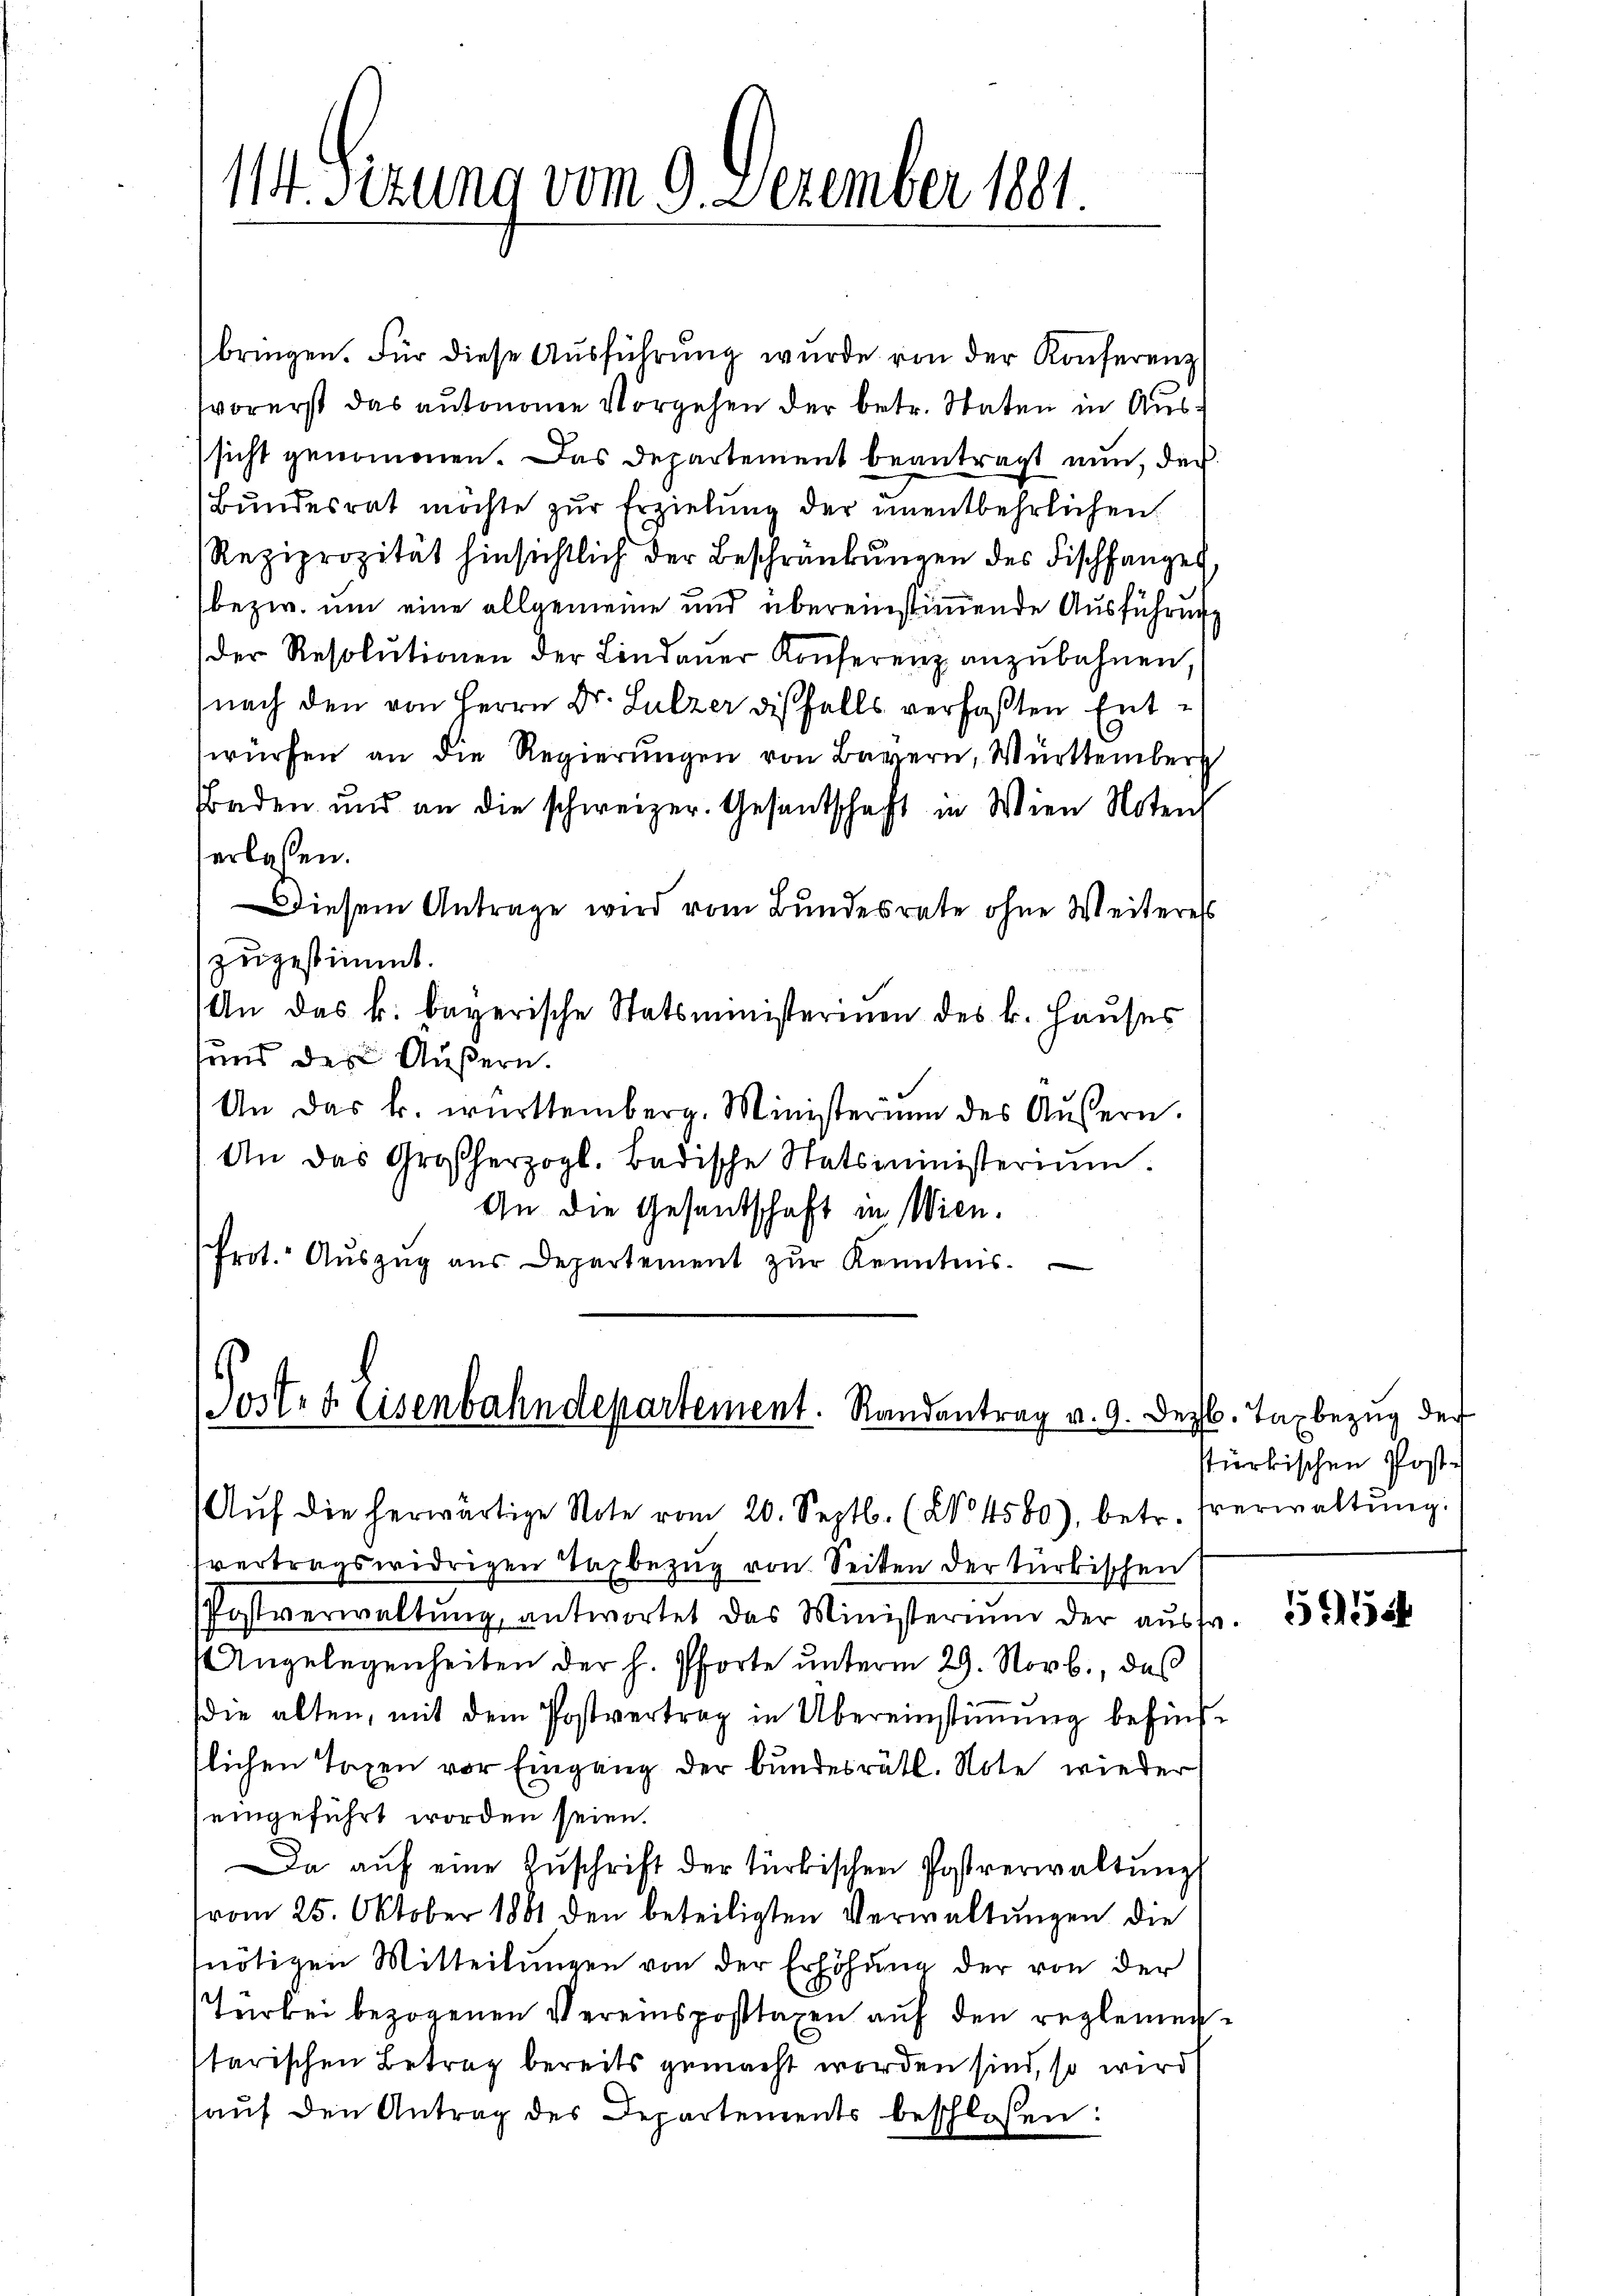
114. Sitzung vom 9. Dezember 1801.

bringen. Für diese Aŭsführŭng wurde von der Konferenz
vorerst das autonome Vorgehen der betr. Staten in Aussicht genommen. Das Departement beantragt nun, der
Bundesrat möchte zur Erzielung der unentbehrlichen
Reziprozität hinsichtlich der Beschränkungen des Fischfangen,
bezw. um eine allgemeine und übereinstimmende Ausführung
der Resolutionen der Lindauer Konferenz anzubahnen,
nach den von Herrn Dr. Sulzer diesfalls verfaßten Entwürfen an die Regierungen von Bayern, Württember
Faden und an die schweizer. Gesandtschaft in Wien Noten
verlassen.
Diesem Antrage wird vom Bundesrate ohne Weiteress
zugestimmt.
An das k. bayerische Statsministerinen des k. Hauses
und des Äußern.
An das k. württemberg. Ministerium des Aŭsern.
An das Großherzogl. Badische Statsministerium.
An die Gesentschaft in Wien.
Prot. Aŭszŭg aŭs Departement zŭr Kenntnis.

Sost- & Eisenbahndepartement. Randantrag v. 9. Dez. Taxbezug der
Aŭf die herwärtige Note vom 20. Septb. (No 4580), betr. Verwaltŭng.

vertragswidrigen Taxbezŭg von Seiten der türkischen
Postverwaltŭng antwortet das Ministerium der aŭsfr. 25 dk
Angelegenheiten der h. Pforte unterm 29. Novb., das
die alten, mit dem Postvertrag in Übereinstimmung befindslichen Taxen vor Eingang der bundesrätl. Note wieder
eingeführt worden seien.
Da aŭf eine Zŭschrift der türkischen Postverwaltŭng
vom 25. Oktober 1881 den beteiligten Verwaltungen die
nötigen Mitteilŭngen von der Erhöhung der von der
Türkei bezogenen Vereinsposttaxen auf den reglementarischen Betrag bereits gemacht worden sind, so wird
aŭf den Antrag des Departements beschlossen:

stürkischen Post¬